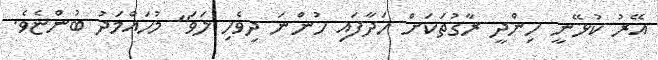
އޭރު ކުޅޭނީ ހިންދީ ރާގުތަކަށް ހަދާފައި ހުންނަ ދިވެހި ލަވަ" މުހައްމަދު ބުންޏެވެ.